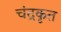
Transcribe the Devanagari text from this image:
चंद्रकृत